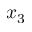
x _ { 3 }